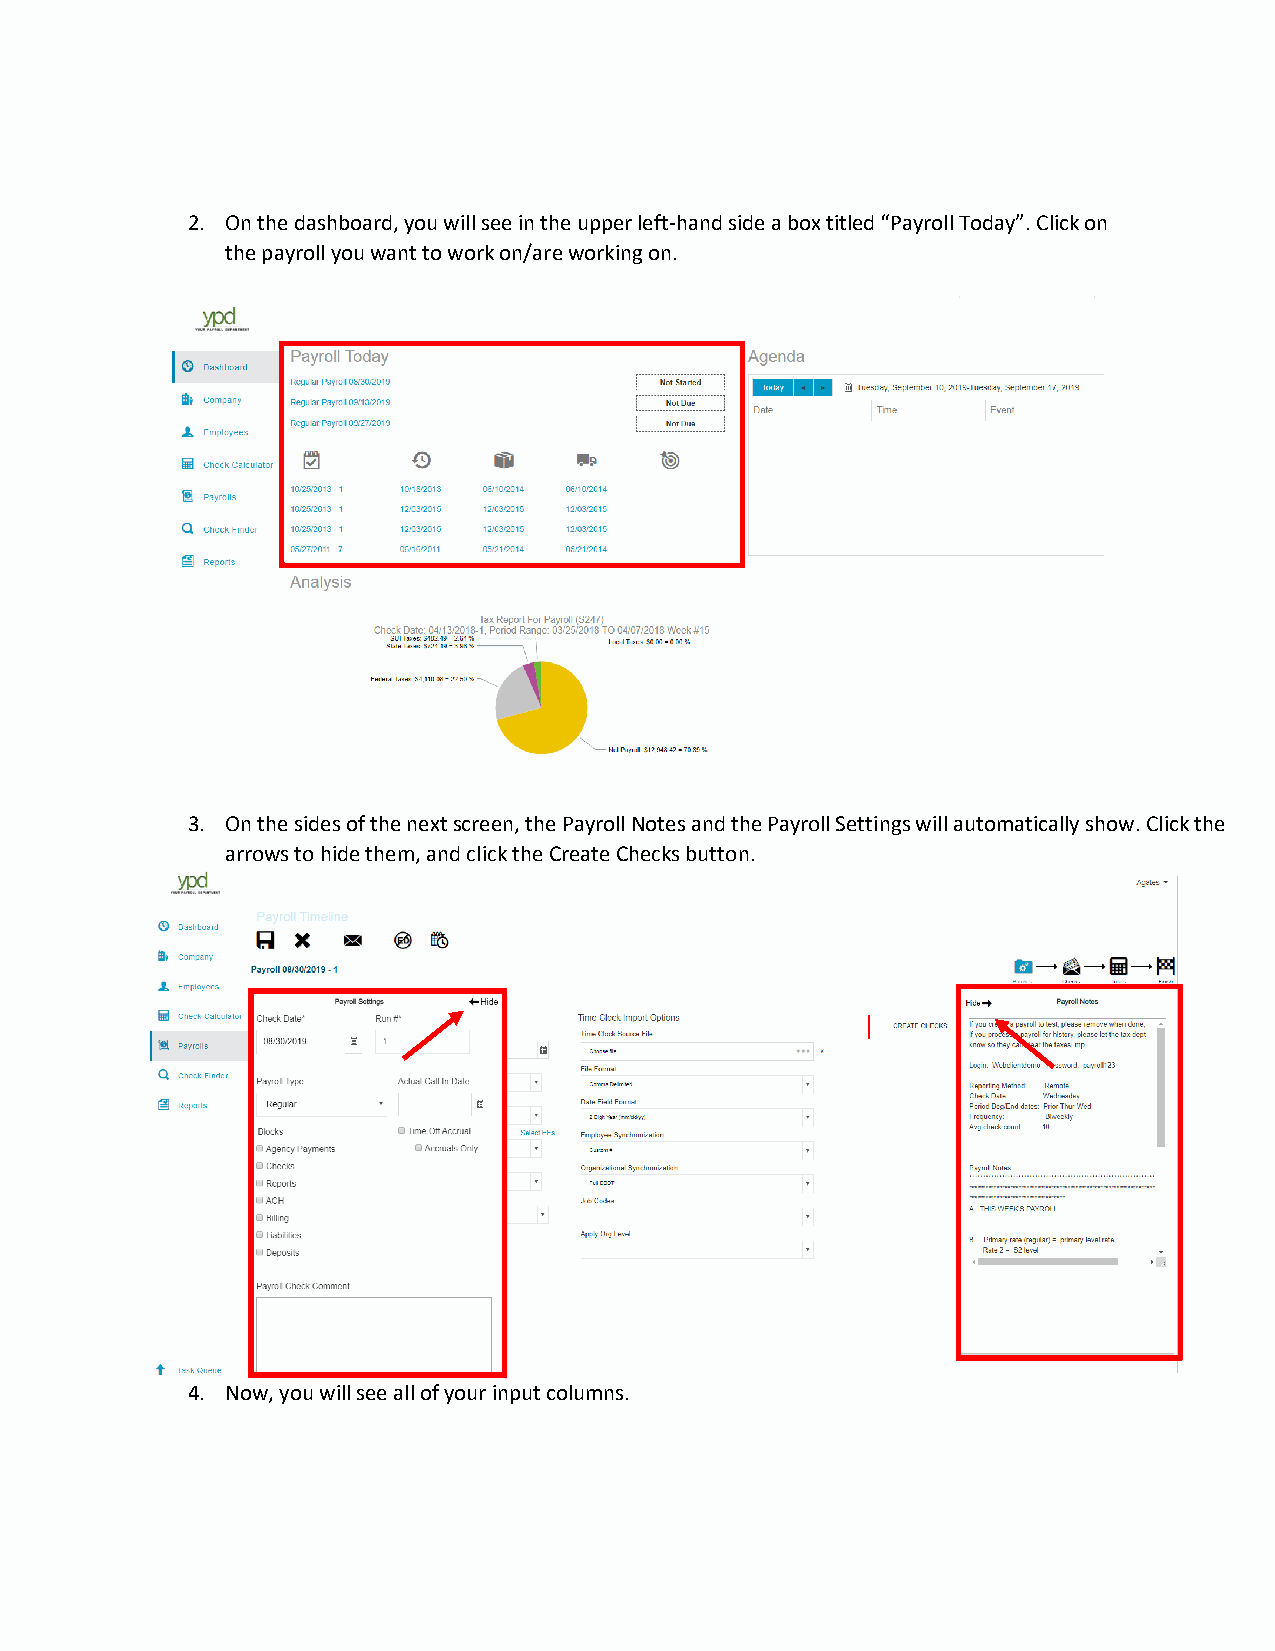
2. On the dashboard, you will see in the upper left-hand side a box titled “Payroll Today”. Click on
 the payroll you want to work on/are working on.
 3. On the sides of the next screen, the Payroll Notes and the Payroll Settings will automatically show. Click the
 arrows to hide them, and click the Create Checks button.
 4. Now, you will see all of your input columns.